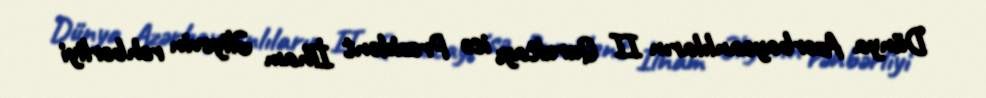
Dünya Azərbaycanlıların II Qurultayı isə Prezident İlham Əliyevin rəhbərliyi